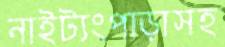
নাইট্যংপাড়াসহ